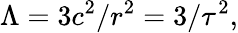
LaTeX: \Lambda=3c^{2}/r^{2}=3/\tau^{2},